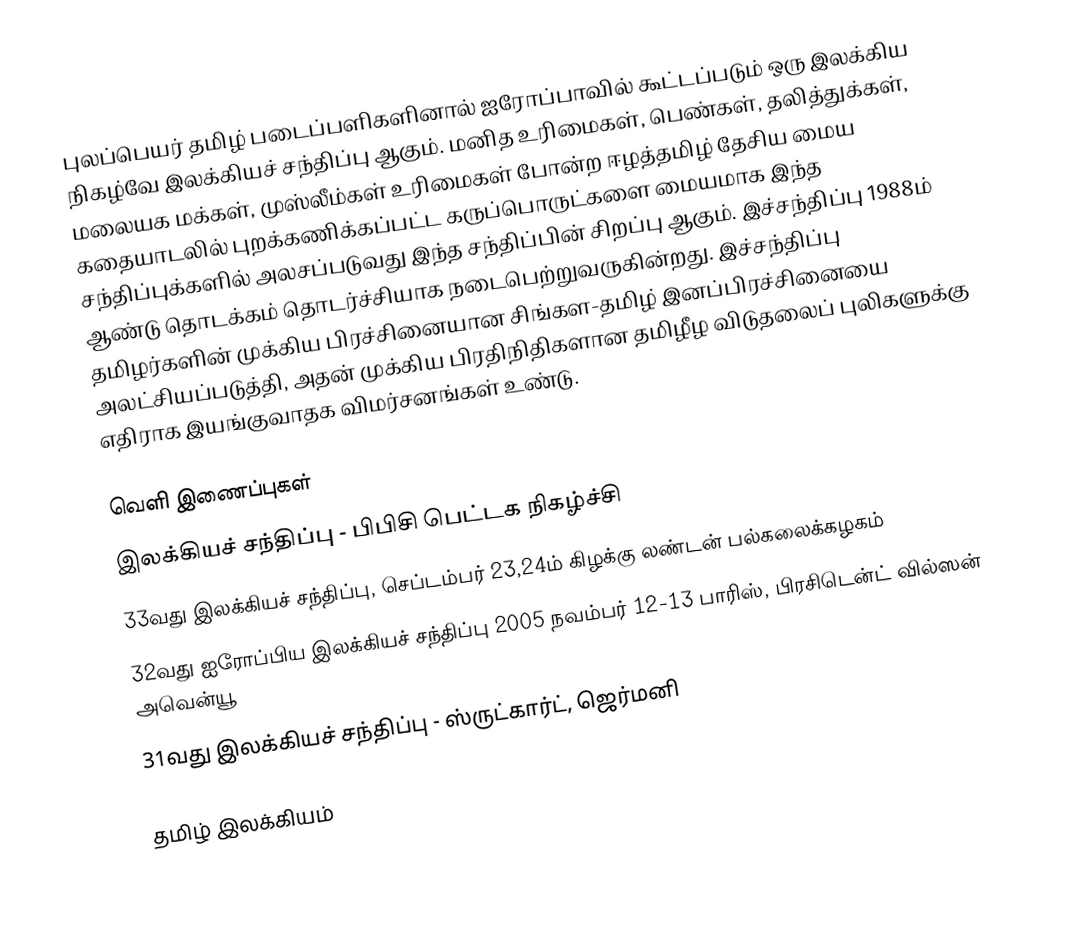
புலப்பெயர் தமிழ் படைப்பளிகளினால் ஐரோப்பாவில் கூட்டப்படும் ஒரு இலக்கிய நிகழ்வே இலக்கியச் சந்திப்பு ஆகும்.  மனித உரிமைகள், பெண்கள், தலித்துக்கள், மலையக மக்கள், முஸ்லீம்கள் உரிமைகள் போன்ற ஈழத்தமிழ் தேசிய மைய கதையாடலில் புறக்கணிக்கப்பட்ட கருப்பொருட்களை மையமாக இந்த சந்திப்புக்களில் அலசப்படுவது இந்த சந்திப்பின் சிறப்பு ஆகும்.  இச்சந்திப்பு 1988ம் ஆண்டு தொடக்கம் தொடர்ச்சியாக நடைபெற்றுவருகின்றது.  இச்சந்திப்பு தமிழர்களின் முக்கிய பிரச்சினையான சிங்கள-தமிழ் இனப்பிரச்சினையை அலட்சியப்படுத்தி, அதன் முக்கிய பிரதிநிதிகளான தமிழீழ விடுதலைப் புலிகளுக்கு எதிராக இயங்குவாதக விமர்சனங்கள் உண்டு.

வெளி இணைப்புகள்
 இலக்கியச் சந்திப்பு - பிபிசி பெட்டக நிகழ்ச்சி
 33வது இலக்கியச் சந்திப்பு, செப்டம்பர் 23,24ம் கிழக்கு லண்டன் பல்கலைக்கழகம்
 32வது ஐரோப்பிய இலக்கியச் சந்திப்பு 2005 நவம்பர் 12-13 பாரிஸ், பிரசிடென்ட் வில்ஸன் அவென்யூ
 31வது  இலக்கியச் சந்திப்பு - ஸ்ருட்கார்ட், ஜெர்மனி

தமிழ் இலக்கியம்